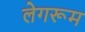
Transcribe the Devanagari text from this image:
लेगरूम